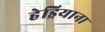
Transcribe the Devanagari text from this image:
हेड्रियाना